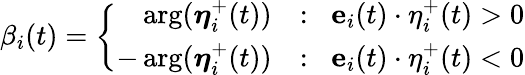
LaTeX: \beta_{i}(t)=\left\{ \begin{array}{rl}{\arg(\boldsymbol{\eta}_{i}^{+}(t))}&{:\; \; \mathbf{e}_{i}(t)\cdot\mathbf{\eta}_{i}^{+}(t)>0}\\ {-\arg(\boldsymbol{\eta}_{i}^{+}(t))}&{:\; \; \mathbf{e}_{i}(t)\cdot\mathbf{\eta}_{i}^{+}(t)<0}\end{array}\right.